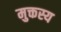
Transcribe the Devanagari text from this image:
मुक्तस्य